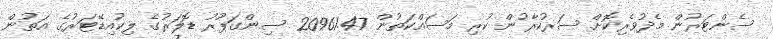
ސެންޓަރުން މެދުވެރިކޮށް ސަރުކާރުން ކުރި މަސައްކަތުން 20961.47 ސިންގަޕޫރު ޑޮލަރުގެ ލިކުއިޑޭޓަރުގެ އަތުން